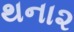
થના૨